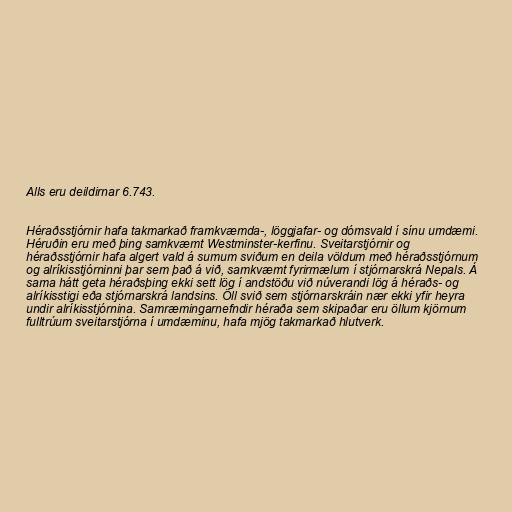
Alls eru deildirnar 6.743.

Héraðsstjórnir hafa takmarkað framkvæmda-, löggjafar- og dómsvald í sínu umdæmi.
Héruðin eru með þing samkvæmt Westminster-kerfinu. Sveitarstjórnir og
héraðsstjórnir hafa algert vald á sumum sviðum en deila völdum með héraðsstjórnum
og alríkisstjórninni þar sem það á við, samkvæmt fyrirmælum í stjórnarskrá Nepals. Á
sama hátt geta héraðsþing ekki sett lög í andstöðu við núverandi lög á héraðs- og
alríkisstigi eða stjórnarskrá landsins. Öll svið sem stjórnarskráin nær ekki yfir heyra
undir alríkisstjórnina. Samræmingarnefndir héraða sem skipaðar eru öllum kjörnum
fulltrúum sveitarstjórna í umdæminu, hafa mjög takmarkað hlutverk.